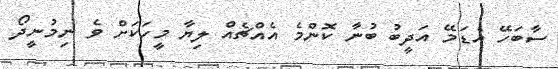
ސާބަހޭ އެޑަމޭ އަދީބު ބުނާ ކޮންމެ އެއްޗެއް ލިޔާ މީހަކަށް ވެ ނިމުނީދޯ